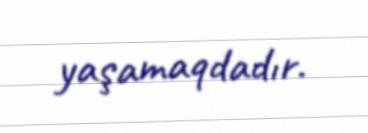
yaşamaqdadır.